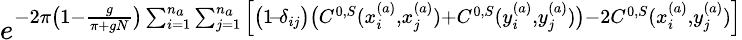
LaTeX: e^{-2\pi\big(1-\frac{g}{\pi+gN}\big)\sum_{i=1}^{n_{a}}\sum_{j=1}^{n_{a}}\Big[\big(1\! -\! \delta_{ij}\big)\big(C^{0,S}(x_{i}^{(a)},x_{j}^{(a)})+C^{0,S}(y_{i}^{(a)},y_{j}^{(a)})\big)-2C^{0,S}(x_{i}^{(a)},y_{j}^{(a)})\Big]}